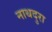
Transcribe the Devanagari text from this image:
नाथदुरा